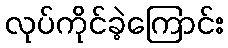
လုပ်ကိုင်ခဲ့ကြောင်း